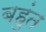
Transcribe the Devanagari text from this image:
बहुंत